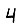
Digit: 4